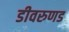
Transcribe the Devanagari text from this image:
डीवरुणड